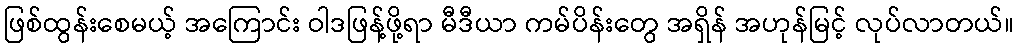
ဖြစ်ထွန်းစေမယ့် အကြောင်း ဝါဒဖြန့်ဖို့ရာ မီဒီယာ ကမ်ပိန်းတွေ အရှိန် အဟုန်မြင့် လုပ်လာတယ်။